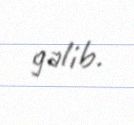
gəlib.